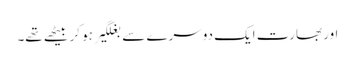
اور بھارت ایک دوسرے سے بغلگیر ہو کر بیٹھے تھے۔